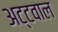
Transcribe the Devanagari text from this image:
अट्टवाल